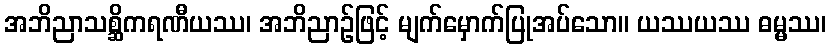
အဘိညာသစ္ဆိကရဏီယဿ၊ အဘိညာဉ်ဖြင့် မျက်မှောက်ပြုအပ်သော။ ယဿယဿ ဓမ္မဿ၊